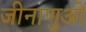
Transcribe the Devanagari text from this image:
जीनाणुओं